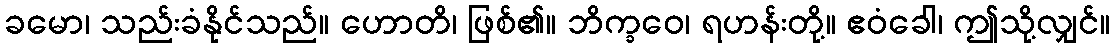
ခမော၊ သည်းခံနိုင်သည်။ ဟောတိ၊ ဖြစ်၏။ ဘိက္ခဝေ၊ ရဟန်းတို့။ ဧဝံခေါ၊ ဤသို့လျှင်။